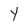
Character: Y